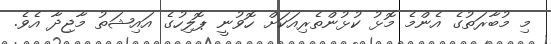
މި މުބާރަތުގެ އެންމެ މޮޅު ކުޅުންތެރިއަކަށް ހޮވުނީ ޕޮލިހުގެ އައިޝަތު މާޖިދާ އެވެ.